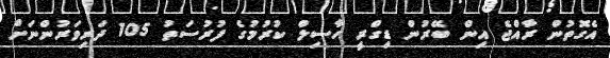
އެގޮތުން ރާއްޖެ އިން ބޭރުން ޑިގްރީ ހާސިލް ކުރުމުގެ ފުރުސަތު 105 ދަރިވަރުންނަށް